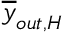
\overline { { y } } _ { o u t , H }